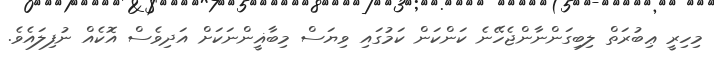
މިހިރީ ޢިބުރަތް ލިބިގަންނާންޖެހޭނެ ކަންކަން ކަމުގައި ވިޔަސް މިބާޣީންނަކަށް އަދިވެސް އޮކެއް ނުފިލައެވެ.